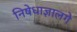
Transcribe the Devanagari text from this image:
निषेधाज्ञालगे